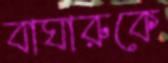
বাঘারুকে